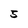
Character: 5